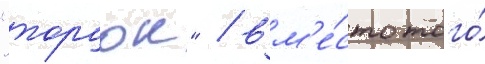
"торчок" / вм'е́сто того́